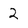
Character: 2